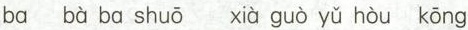
ba bà ba shuō xià guò yǔ hòu kōng